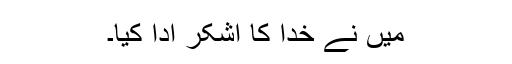
میں نے خدا کا اشکر ادا کیا۔